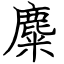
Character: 麋